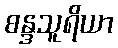
စန္ဒသူရိယာ